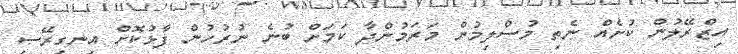
އިޒްރޭލުން ކުށެއް ނެތި މުސްލިމުން މަރަމުންދާ ކަމަށް ބުނެ ނުރުހުން ފާޅުކޮށް އިނގިރޭސި